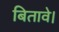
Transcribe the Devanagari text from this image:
बितावे।